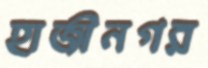
হাজীনগর